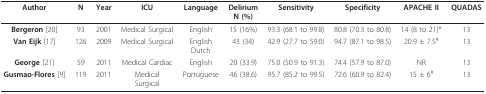
| Author | N | Year | ICU | Language | DeliriumN (%) | Sensitivity | Specificity | APACHE II | QUADAS |
 | --- | --- | --- | --- | --- | --- | --- | --- | --- | --- |
 | Bergeron [20] | 93 | 2001 | Medical Surgical | English | 15 (16%) | 93.3 (68.1 to 99.8) | 80.8 (70.3 to 80.8) | 14 (8 to 21)* | 13 |
 | Van Eijk [17] | 126 | 2009 | Medical Surgical | EnglishDutch | 43 (34) | 42.9 (27.7 to 59.0) | 94.7 (87.1 to 98.5) | 20.9 ± 7.5# | 13 |
 | George [21] | 59 | 2011 | Medical Cardiac | English | 20 (33.9) | 75.0 (50.9 to 91.3) | 74.4 (57.9 to 87.0) | NR | 13 |
 | Gusmao-Flores [9] | 119 | 2011 | MedicalSurgical | Portuguese | 46 (38.6) | 95.7 (85.2 to 99.5) | 72.6 (60.9 to 82.4) | 15 ± 6# | 13 |